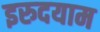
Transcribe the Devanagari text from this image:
इरुदयाम